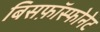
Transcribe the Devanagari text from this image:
बिसफ़ॉस्फोनेट